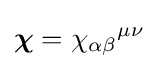
{\boldsymbol {\chi }}=\chi _{\alpha \beta }{}^{\mu \nu }